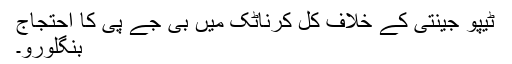
ٹیپو جینتی کے خلاف کل کرناٹک میں بی جے پی کا احتجاج
بنگلورو۔